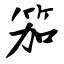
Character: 笳